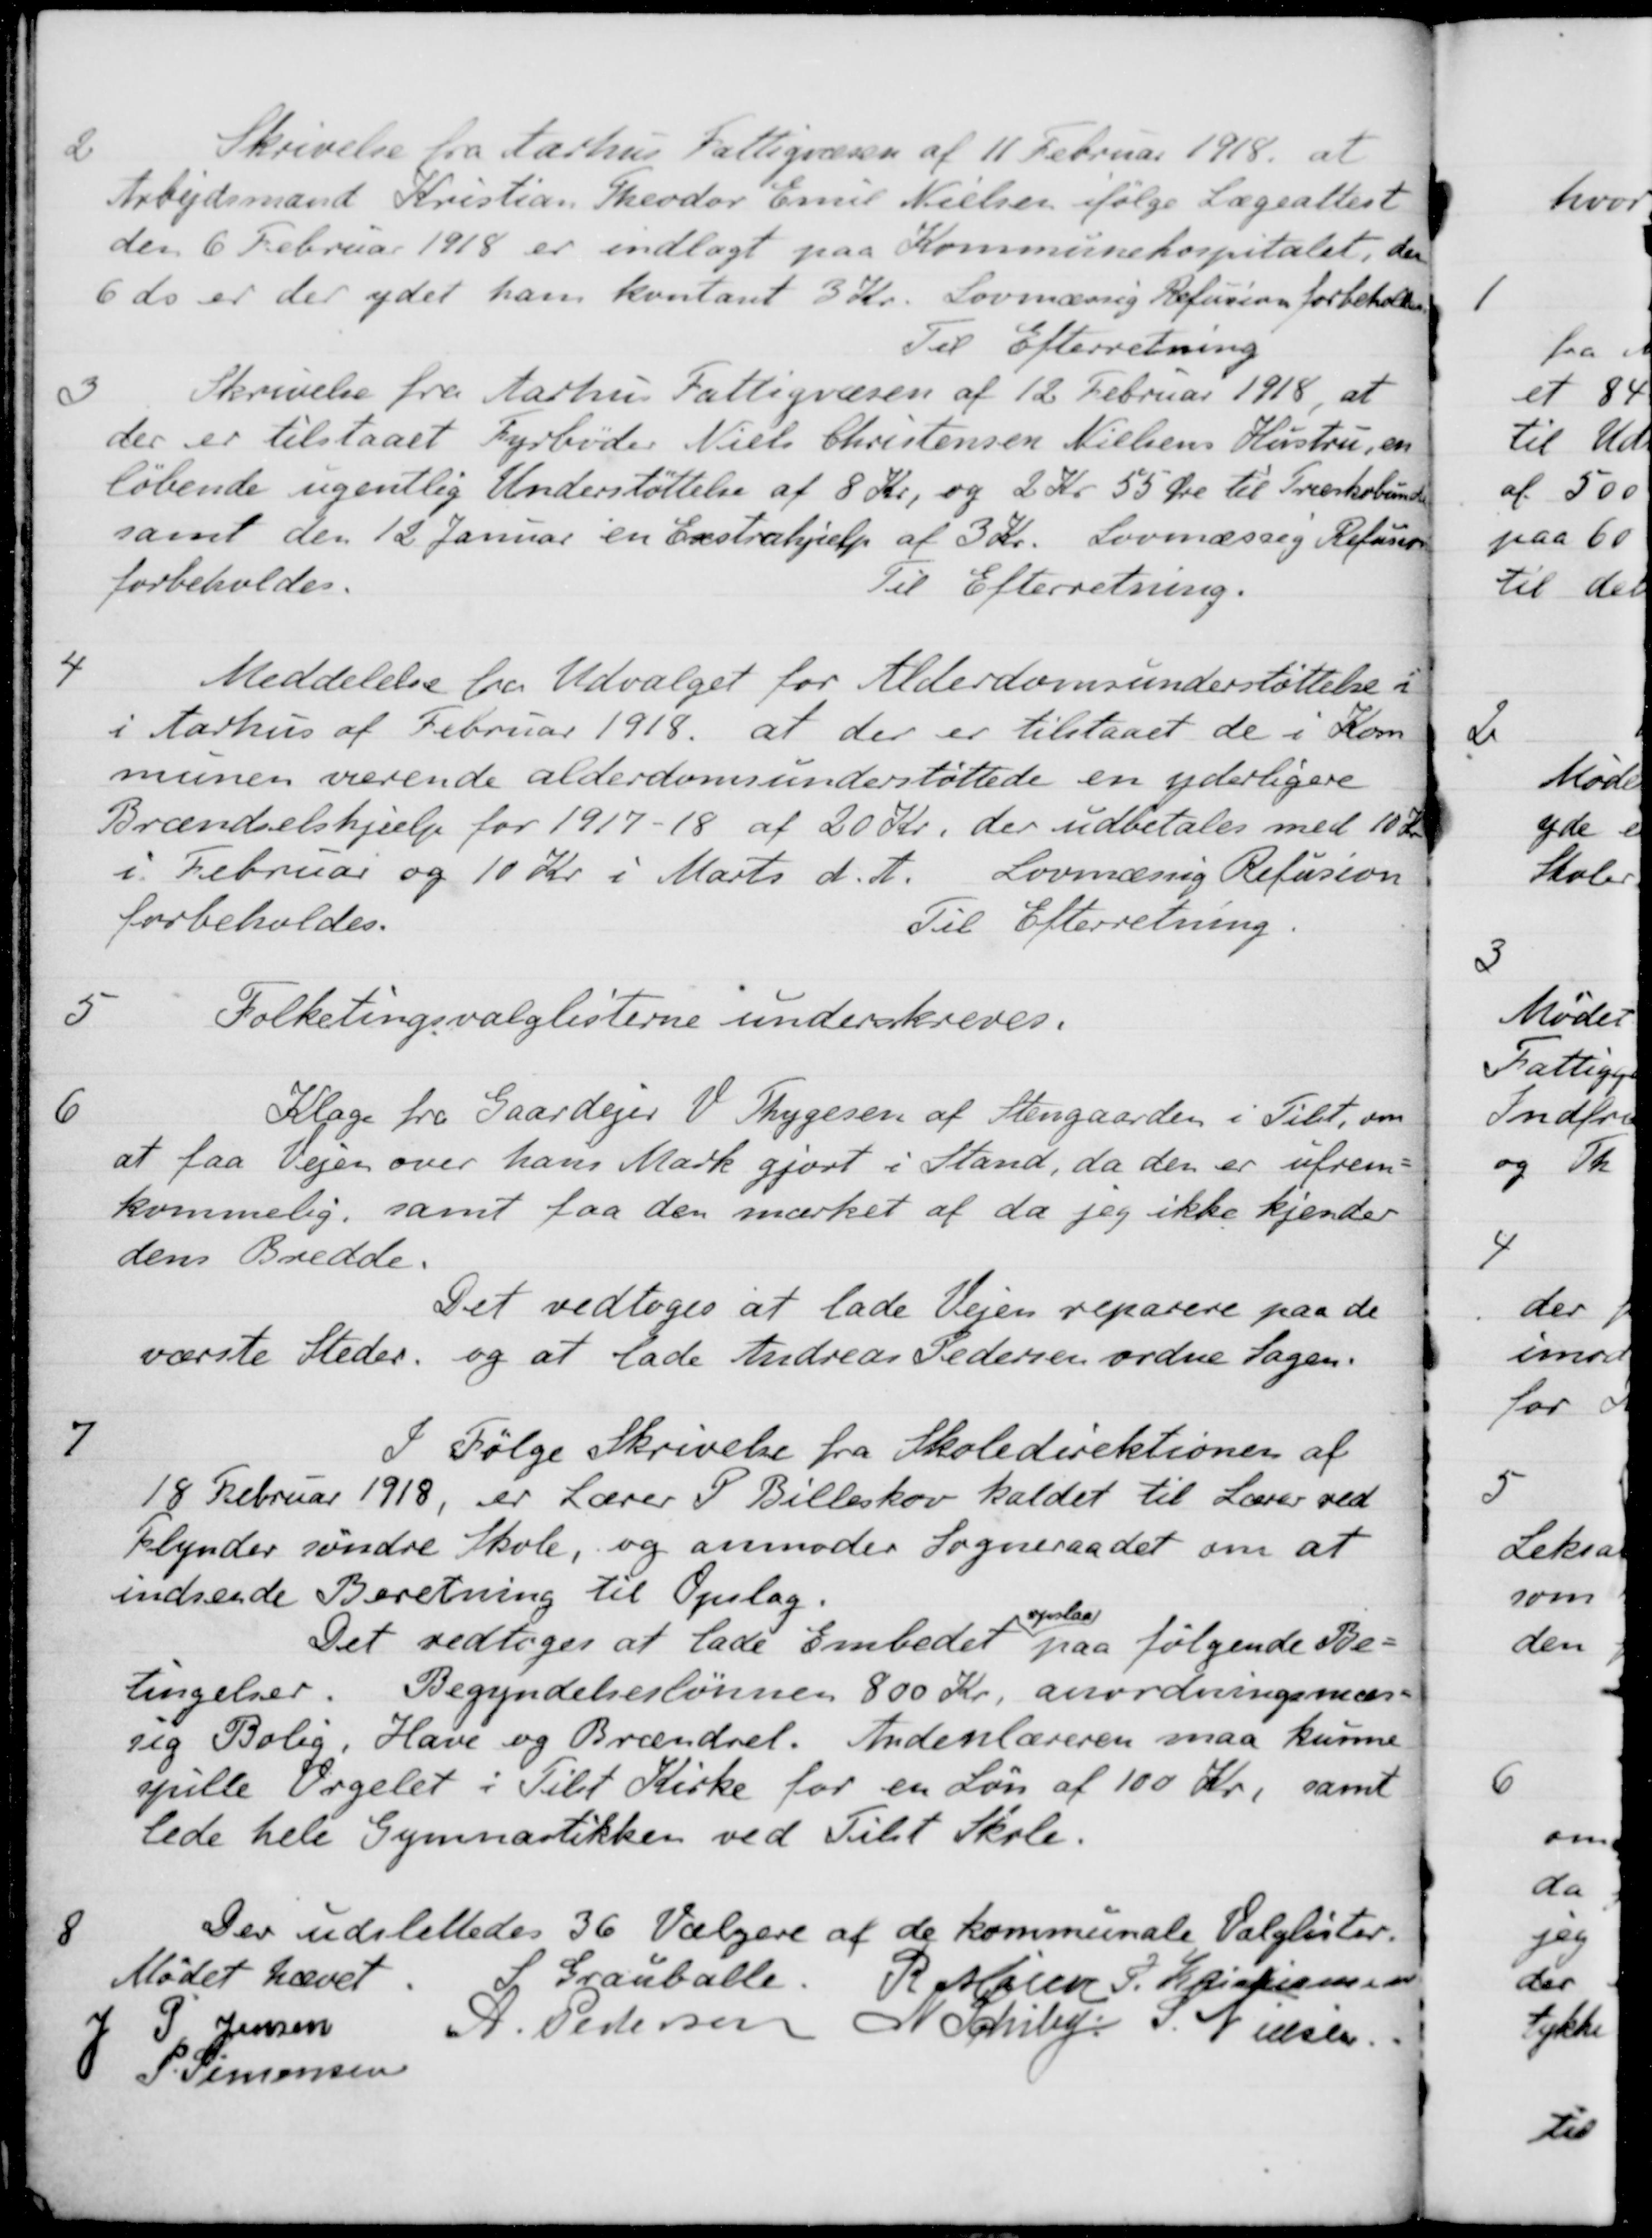
Transskription:
2
Skrivelse fra Aarhus Fattigvæsen af 11 Februar 1918, at
Arbejdsmand Kristian Theodor Emil Nielsen ifølge Lægeattest
den 6 Februar 1918 er indlagt paa Kommunehospitalet, den
6 ds. er der ydet ham kontant 3 Kr. Lovmæssig Refusion forbeholdes
Til Efterretning
3
Skrivelse fra Aarhus Fattigvæsen af 12 Februar 1918, at
der er tilstaaet Fyrbøder Niels Christensen Nielsens Hustru, en
løbende ugentlig Understøttelse af 8 Kr, og 2 Kr 55 Øre til Træskobunde
samt den 12 Januar en Exstrahjælp af 3 Kr. Lovmæssig Refusion
forbeholdes.
Til Efterretning.
4
Meddelelse fra Udvalget for Alderdomsunderstøttelse i
i Aarhus af Februar 1918 at der er tilstaaet de i Kom
munen værende alderdomsunderstøttede en yderligere
Brændselshjælp for 1917-18 af 20 Kr., der udbetales med 10 Kr
i Februar og 10 Kr. i Marts d. A. Lovmæssig Refusion
forbeholdes.
Til Efterretning.
5
Folketingsvalglisterne underskreves.
6
Klage fra Gaardejer V. Thygesen af Stengaarden i Tilst, om
at faa Vejen over hans Mark gjort i Stand, da den er ufrem-
kommelig, samt faa den mærket af da jeg ikke kjender
dens Bredde.
Det vedtoges at lade Vejen reparere paa de
værste Steder, og at lade Andreas Pedersen ordne Sagen.
7
I Følge Skrivelse fra Skoledirektionen af
18 Februar 1918, er Lærer P. Billeskov kaldet til Lærer ved
Flynder søndre Skole, og anmoder Sogneraadet om at
indsende Beretning til Opslag.
Det vedtoges at lade Embedet
opslaa
paa følgende Be-
tingelser. Begyndelseslønnen 800 Kr. anordningsmæs-
sig Bolig, Have og Brændsel. Andenlæreren maa kunne
spille Orgelet i Tilst Kirke for en Løn af 100 kr, samt
lede hele Gymnastikken ved Tilst Skole.
8
Der udslettedes 36 Vælgere af de kommunale Valglister.
Mødet hævet
S. Grauballe.
R Møller
P. Kristiansen
J P Jensen
A. Pedersen
N. Schiby
S Nielsen
P Simonsen